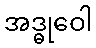
အဒ္ဓုဝေါ